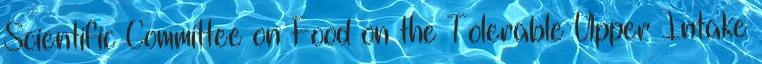
Scientific Committee on Food on the Tolerable Upper Intake